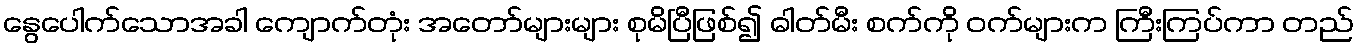
နွေပေါက်သောအခါ ကျောက်တုံး အတော်များများ စုမိပြီဖြစ်၍ ဓါတ်မီး စက်ကို ဝက်များက ကြီးကြပ်ကာ တည်